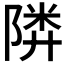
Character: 𱀨